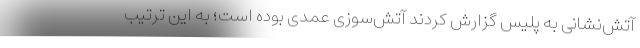
آتش‌نشانی به پلیس گزارش کردند آتش‌سوزی عمدی بوده است؛ به این ترتیب